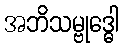
အဘိသမ္ဗုဒ္ဓေါ